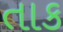
તાક